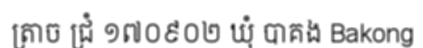
ត្រាច ជ្រំ ១៧០៩០២ ឃុំ បាគង Bakong